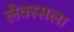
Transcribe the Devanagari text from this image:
लैक्स्सला